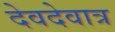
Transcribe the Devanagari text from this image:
देवदेवात्र